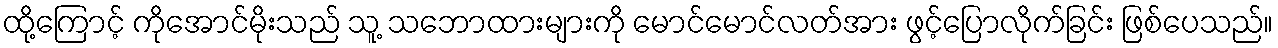
ထို့ကြောင့် ကိုအောင်မိုးသည် သူ့ သဘောထားများကို မောင်မောင်လတ်အား ဖွင့်ပြောလိုက်ခြင်း ဖြစ်ပေသည်။